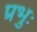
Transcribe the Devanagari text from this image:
प्रभुः